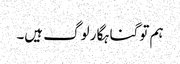
ہم تو گناہگار لوگ ہیں۔